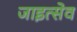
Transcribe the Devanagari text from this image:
जाइत्सेव